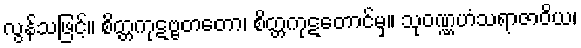
လွန်သဖြင့်။ စိတ္တကုဋဗ္ဗတတော၊ စိတ္တကုဋတောင်မှ။ သုဝဏ္ဏဟံသရာဇာဝိယ၊